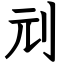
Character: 刓